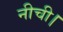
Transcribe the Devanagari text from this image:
नीची।